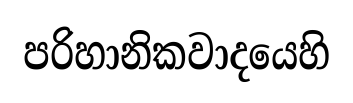
පරිහානිකවාදයෙහි